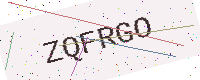
Text: ZQFRGO